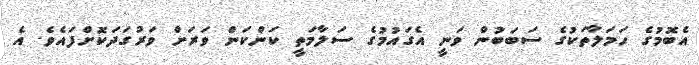
އެބޮމުގެ ހަމަލާތަކުގެ ސަބަބުން ވަނީ އެގައުމުގެ ސަލާމަތީ ކަންކަން ވަރަަށް ވަރުގަދަކޮށްފައެވެ. އެ